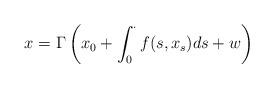
LaTeX: \begin{align*} x = \Gamma\left(x_0+ \int_0^{\cdot} f(s,x_s) ds + w \right) \end{align*}